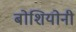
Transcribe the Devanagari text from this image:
बोशियोनी